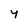
Character: Y